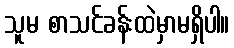
သူမ စာသင်ခန်းထဲမှာမရှိပါ။